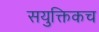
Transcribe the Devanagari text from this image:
सयुक्तिकच